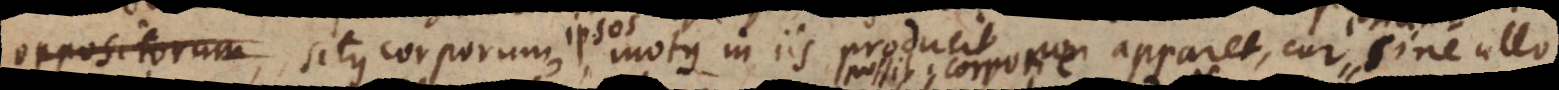
oppositorum, situs corporum, motus in iis producit, non apparet, cur sine ull